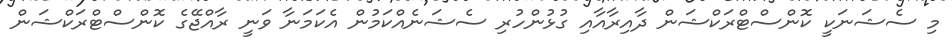
މި ސެޝަނަކީ ކޮންސްޓްރަކްޝަން ދާއިރާއާއި ގުޅުންހުރި ސެޝަނެއްކަމުން އެކަމަނާ ވަނީ ރާއްޖޭގެ ކޮންސްޓްރަކްޝަން